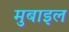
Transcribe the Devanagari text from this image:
मुबाइल